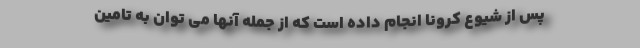
پس از شیوع کرونا انجام داده است که از جمله آنها می توان به تامین